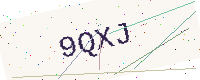
Text: 9QXJ